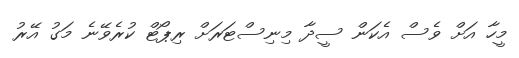
މީހާ އަށް ވެސް އެކަން ސީދާ މިނިސްޓަރަށް ރިޕޯޓް ކުރެވޭނެ މަގު އޭރު